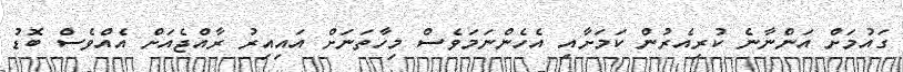
ގައުމަށް އަންނާނެ ކުރިއެރުން ކަމަށާއި އެހެންނަމަވެސް މިހާތަނަށް އައިއިރު ރާއްޖެއަށް އެއްވެސް ބޮޑު